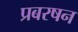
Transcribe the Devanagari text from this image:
प्रबरषन